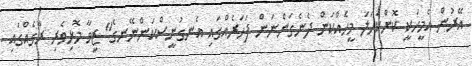
އޭރުން އެމީހަކީ ކޮންކަހަލަ މީހެއްކަން ދެނެގަންނަން ފަހަރެއްގައި އެނގުނީސްކަންނޭނގެ" ޒީވާ މޮޅިވެރި ރާގެއްގައި